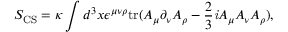
S _ { \mathrm { C S } } = \kappa \int d ^ { 3 } x \/ \epsilon ^ { \mu \nu \rho } \mathrm { t r } ( A _ { \mu } \partial _ { \nu } A _ { \rho } - \frac { 2 } { 3 } { \it i } A _ { \mu } A _ { \nu } A _ { \rho } ) ,